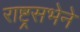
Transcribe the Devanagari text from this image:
राष्ट्रसभेने